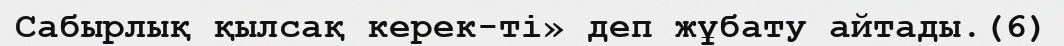
Сабырлық қылсақ керек-ті» деп жұбату айтады.(6)